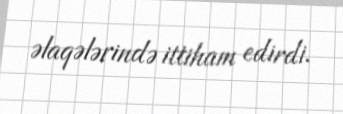
əlaqələrində ittiham edirdi.